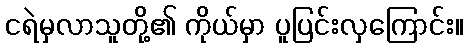
ငရဲမှလာသူတို့၏ ကိုယ်မှာ ပူပြင်းလှကြောင်း။